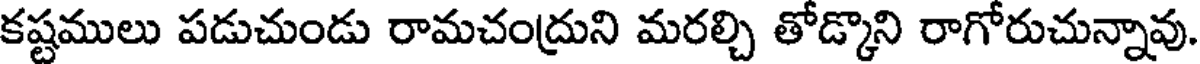
కష్టములు పడుచుండు రామచంద్రుని మరల్చి తోడ్కొని రాగోరుచున్నావు.